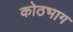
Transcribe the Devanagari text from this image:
कोठभाग